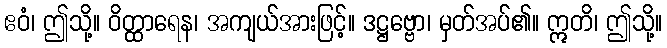
ဧဝံ၊ ဤသို့။ ဝိတ္ထာရေန၊ အကျယ်အားဖြင့်။ ဒဋ္ဌဗ္ဗော၊ မှတ်အပ်၏။ ဣတိ၊ ဤသို့။